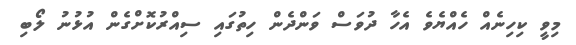
މިވީ ކިހިނެއް ހެއްޔެވެ އެހާ ދުވަސް ވަންދެން ހިތުގައި ސިއްރުކޮށްގެން އުޅުނު ލޯބި